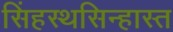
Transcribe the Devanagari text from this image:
सिंहस्थसिन्हास्त